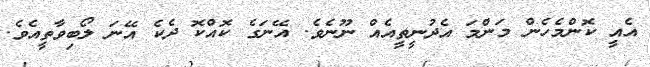
އެއީ ކޮންމެހެން މަންމަ އެދުނީތީއެއް ނޫނެވެ. އޭނަގެ ކޮއްކޮ ދެކެ އޭނަ ލޯބިވާތީއެވެ.